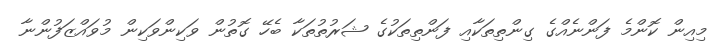
މިއިން ކޮންމެ ފަންނެއްގެ ގިންތިތަކާއި ފަންތިތަކުގެ ޝަރުތުތަކާ ބެހޭ ގޮތުން ވަކިންވަކިން މުވައްޒަފުންނާ